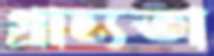
গ্রাহ্যতা